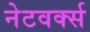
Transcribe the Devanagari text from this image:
नेटवर्क्‍स